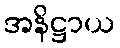
အနိဋ္ဌာယ